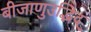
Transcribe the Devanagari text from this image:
बीजाणुउद्भिद्